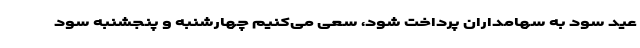
عید سود به سهامداران پرداخت شود، سعی می‌کنیم چهارشنبه و پنجشنبه سود